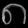
Digit: ၈